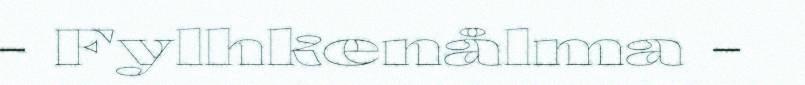
- Fylhkenålma -